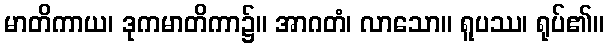
မာတိကာယ၊ ဒုကမာတိကာ၌။ အာဂတံ၊ လာသော။ ရူပဿ၊ ရုပ်၏။